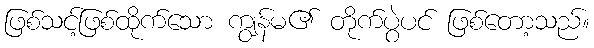
ဖြစ်သင့်ဖြစ်ထိုက်သော ကျွန်မ၏ တိုက်ပွဲပင် ဖြစ်တော့သည်။